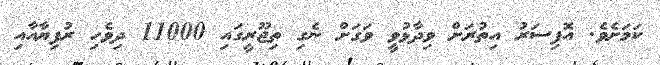
ކަމަށެވެ. އޮފިސަރު އިތުރަށް ވިދާޅުވީ ވަގަށް ނެގި ތިޖޫރީގައި 11000 ދިވެހި ރުފިޔާއާއި